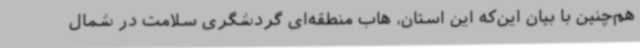
هم‌چنین با بیان این‌که این استان، هاب منطقه‌ای گردشگری سلامت در شمال